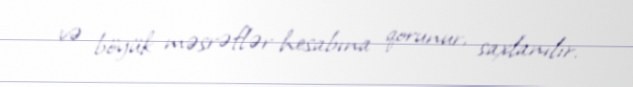
və böyük məsrəflər hesabına qorunur, saxlanılır.